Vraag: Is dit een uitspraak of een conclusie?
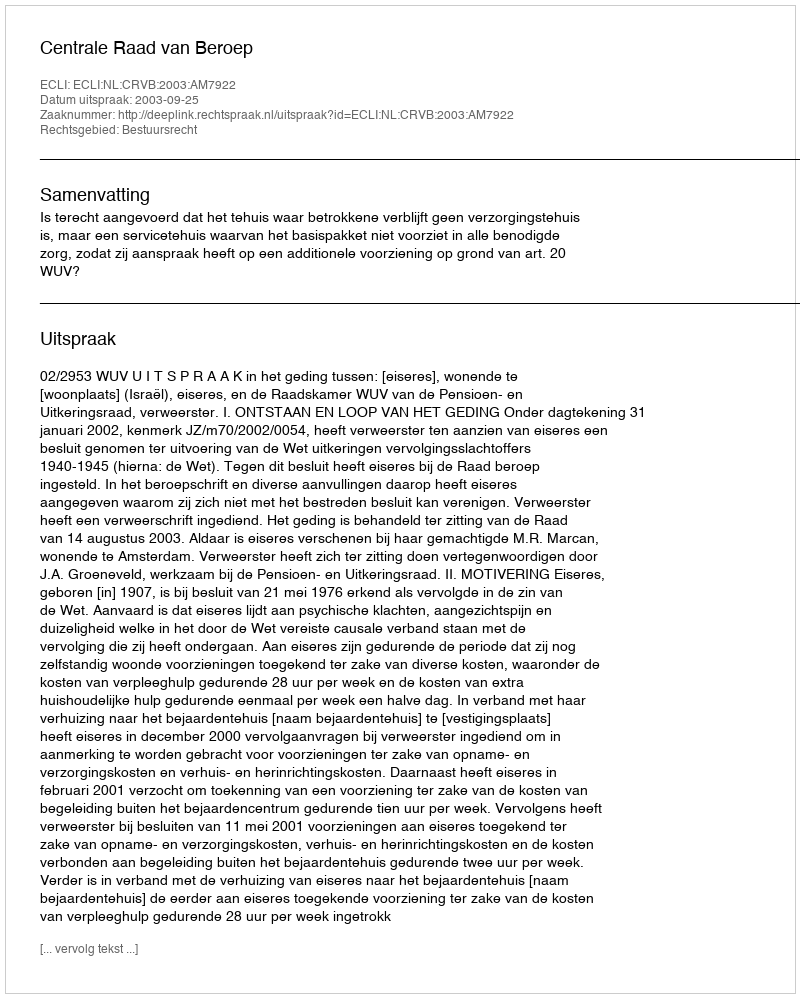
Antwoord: Uitspraak